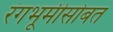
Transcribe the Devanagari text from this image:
रंगभूमीसोबत